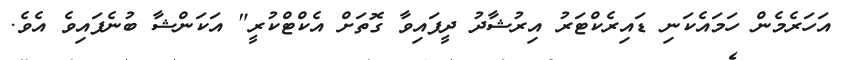
އަހަރެމެން ހަމައެކަނި ޑައިރެކްޓަރު އިރުޝާދު ދީފައިވާ ގޮތަށް އެކްޓްކުރީ" އަކަންޝާ ބުނެފައިވެ އެވެ.